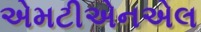
એમટીએનએલ